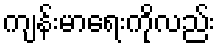
ကျန်းမာရေးကိုလည်း